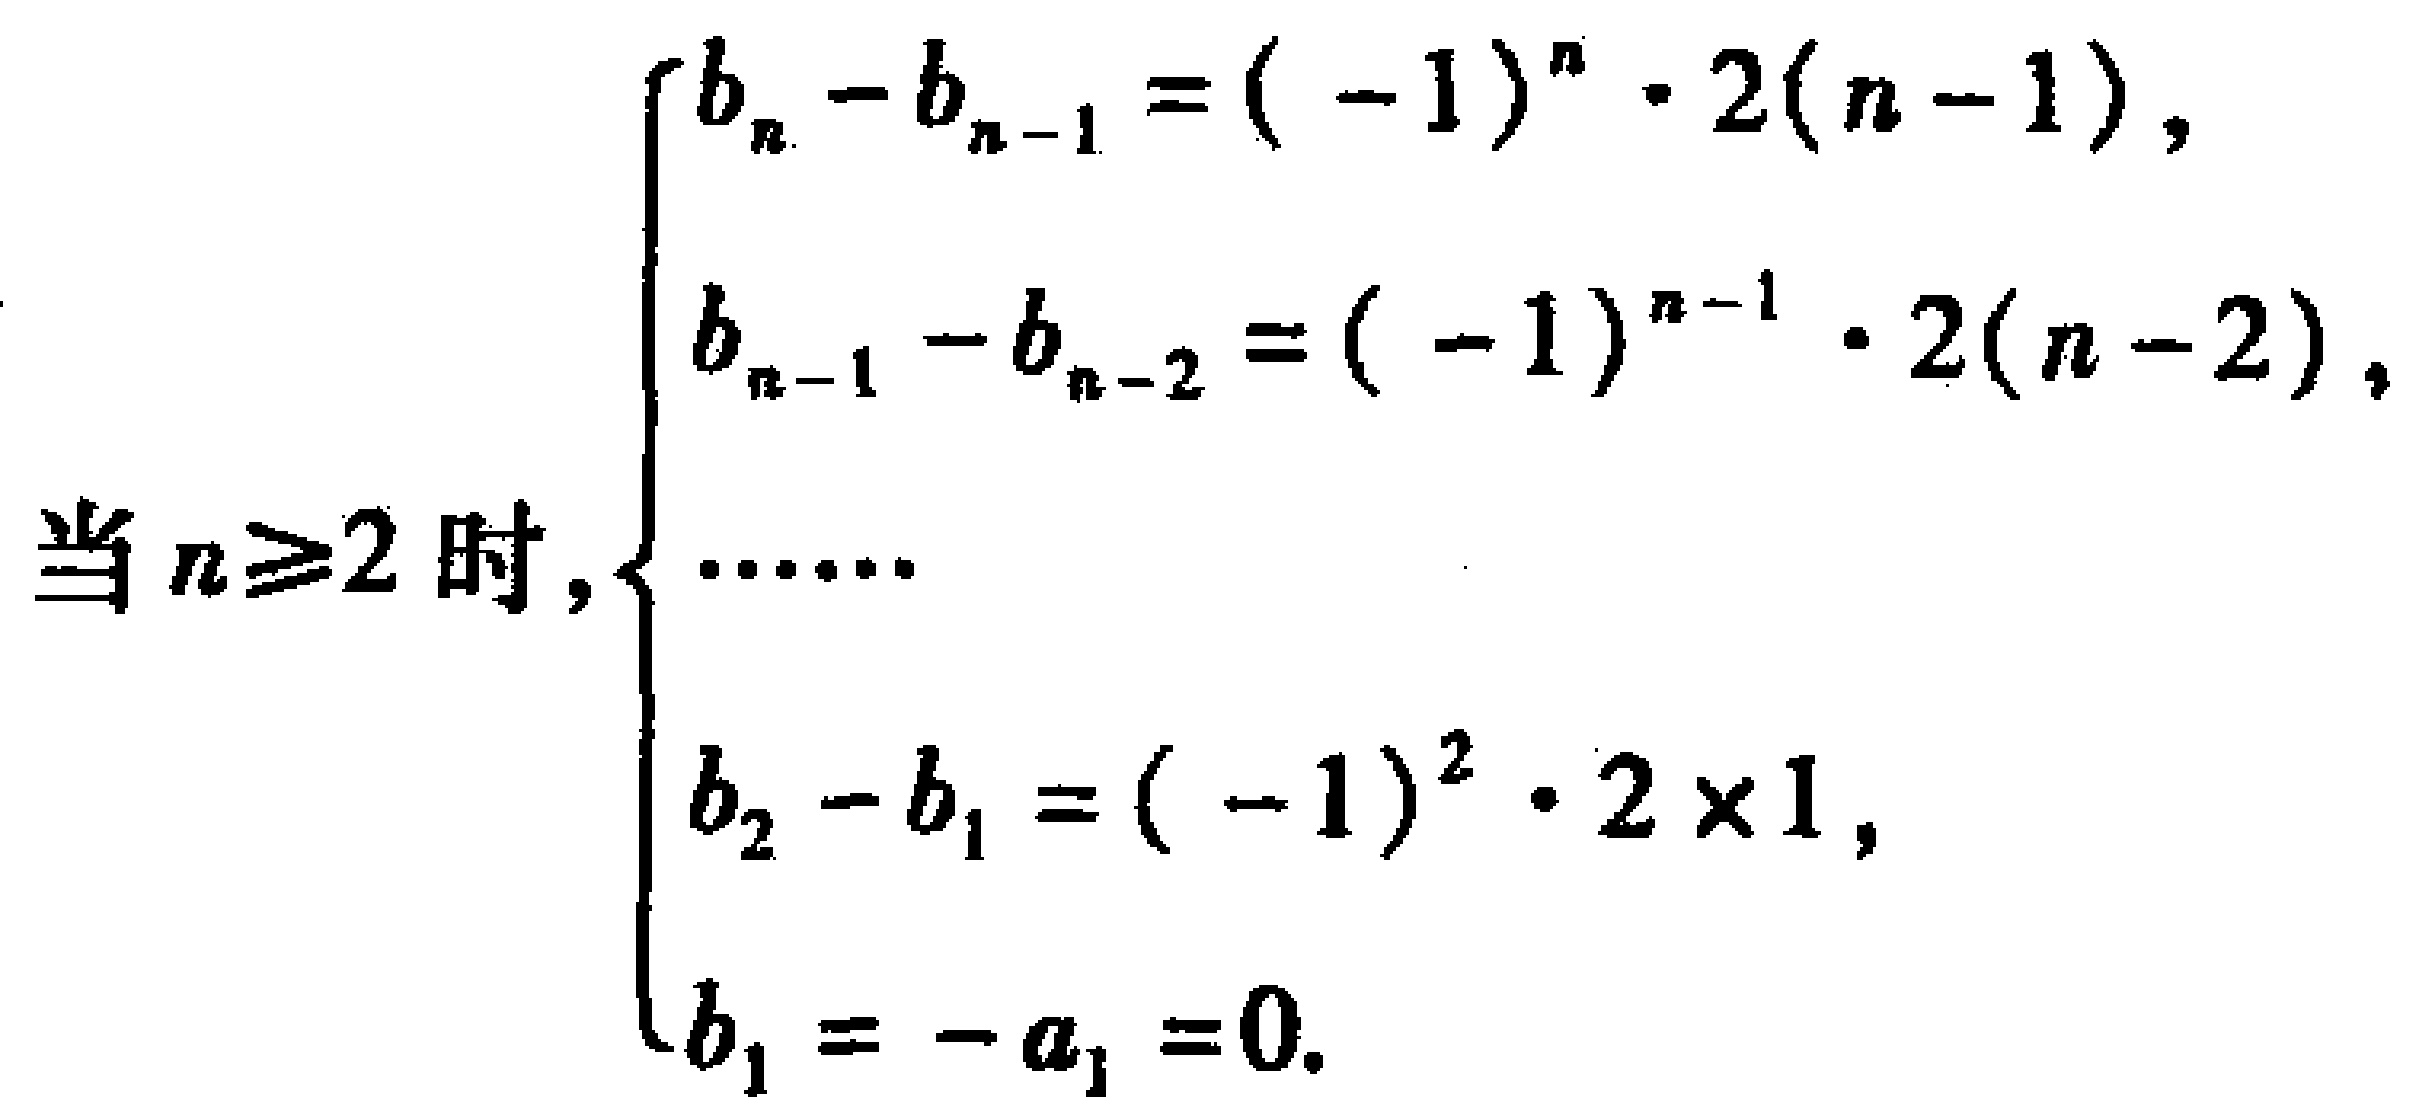
当 \(n\geq2\) 时，\(\begin{cases}
b_{n}-b_{n - 1}=(-1)^{n}\cdot2(n - 1),\\
b_{n - 1}-b_{n - 2}=(-1)^{n - 1}\cdot2(n - 2),\\
\cdots\cdots\\
b_{2}-b_{1}=(-1)^{2}\cdot2\times1,\\
b_{1}=-a_{1}=0.
\end{cases}\)